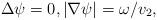
LaTeX: \begin{align*}\Delta \psi=0,|\nabla \psi|=\omega/v_2,\end{align*}